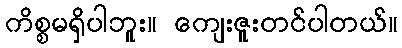
ကိစ္စမရှိပါဘူး။ ကျေးဇူးတင်ပါတယ်။